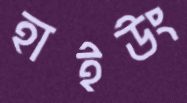
হাইউং